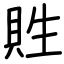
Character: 貹